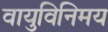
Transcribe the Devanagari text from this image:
वायुविनिमय